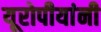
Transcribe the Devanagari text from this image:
यूरोपीयांनी